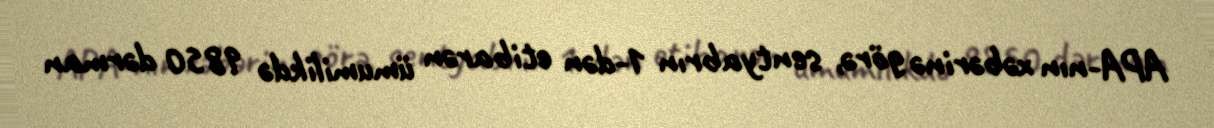
APA-nın xəbərinə görə, sentyabrın 1-dən etibarən ümumilikdə 9850 dərman